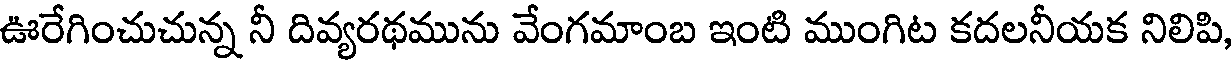
ఊరేగించుచున్న నీ దివ్యరథమును వేంగమాంబ ఇంటి ముంగిట కదలనీయక నిలిపి